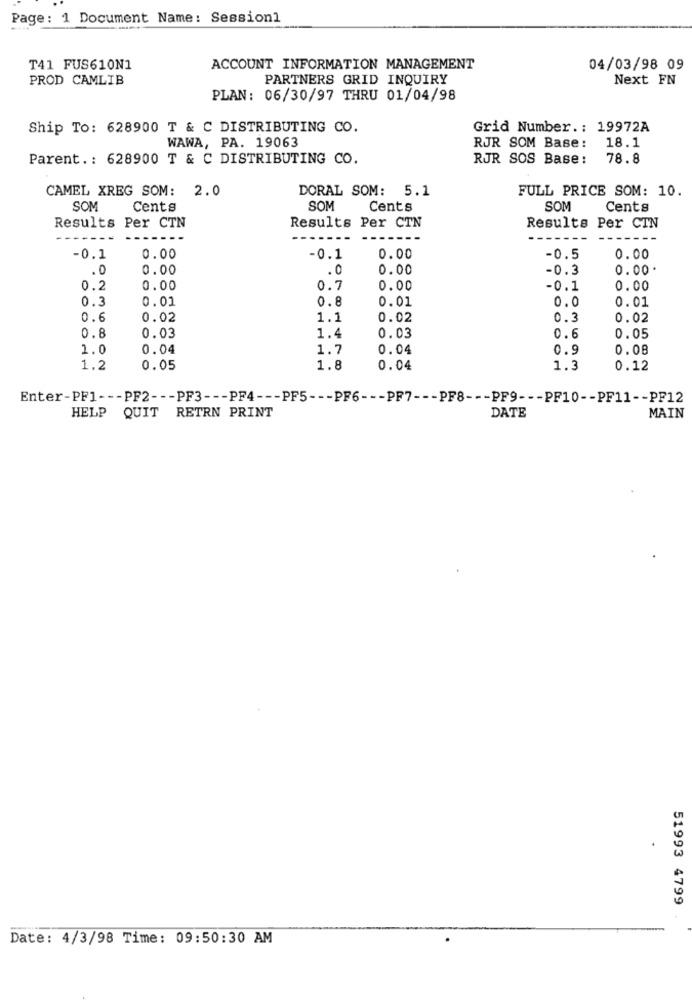
Page: 1 Document Name: Session1
T41 FUS610N1
ACCOUNT INFORMATION MANAGEMENT
04/03/98 09
PROD CAMLIB
PARTNERS GRID INQUIRY
Next FN
PLAN: 06/30/97 THRU 01/04/98
Ship To: 628900 T & C DISTRIBUTING CO.
Grid Number .: 19972A
WAWA, PA. 19063
RJR SOM Base: 18.1
Parent .: 628900 T & C DISTRIBUTING CO.
RJR SOS Base: 78.8
CAMEL XREG SOM: 2.0
DORAL SOM: 5.1
FULL PRICE SOM: 10.
SOM
Cents
SOM
Cents
SOM
Cents
Results Per CTN
Results Per CTN
Results Per CIN
-0.1
0.00
-0.1
0.00
-0.5
0.00
.0
0.00
.0
0.00
-0.3
0.00
0.2
0.00
0.7
0.00
-0.1
0.00
0.3
0.01
0.8
0.01
0.0
0.01
0.6
0.02
1.1
0.02
0.3
0.02
0.03
0.03
0.8
1.4
0.6
0.05
1.0
0.04
1.7
0.04
0.9
0.08
1.2
0.05
1.8
0.04
1.3
0.12
Enter-PF1 --- PF2 --- PF3 --- PF4 --- PF5 --- PF6 --- PF7 --- PF8 --- PF9 --- PF10 -- PF11 -- PF12
HELP QUIT RETRN PRINT
DATE
MAIN
51993 4799
Date: 4/3/98 Time: 09:50:30 AM